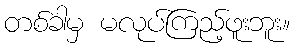
တစ်ခါမှ မလုပ်ကြည့်ဖူးဘူး။